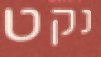
נקט